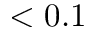
< 0 . 1